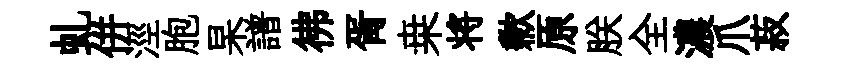
虬併涇胞杲譜彿胥桒将歉原朕全濃爪菽